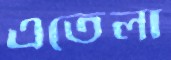
এতেলা